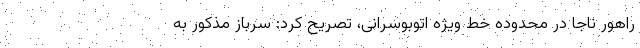
راهور ناجا در محدوده خط ویژه اتوبوسرانی، تصریح کرد: سرباز مذکور به